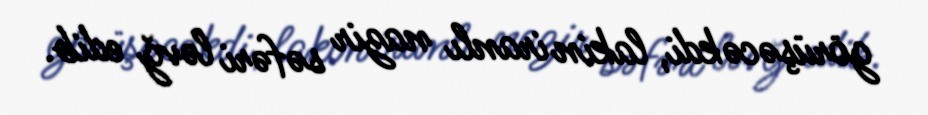
görüşəcəkdi, lakin iranlı nazir səfəri ləvğ edib.